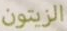
الزيتون